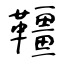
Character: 韁